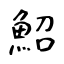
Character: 鮉